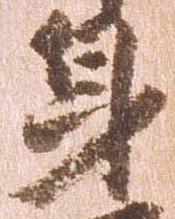
身